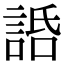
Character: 䛡